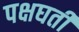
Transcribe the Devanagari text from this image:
पक्षघती